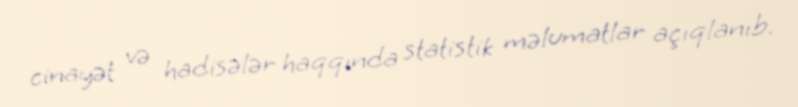
cinayət və hadisələr haqqında statistik məlumatlar açıqlanıb.